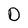
Character: D